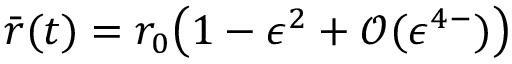
\bar { r } ( t ) = r _ { 0 } \bigl ( 1 - \epsilon ^ { 2 } + \mathcal { O } ( \epsilon ^ { 4 - } ) \bigr )